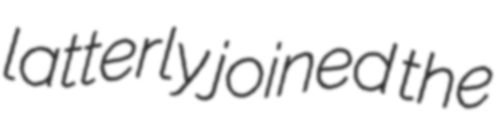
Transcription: latterly joined the